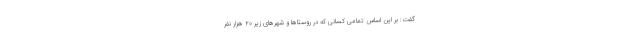
گفت: بر این اساس تمامی کسانی که در روستاها و شهرهای زیر ۲۰ هزار نفر